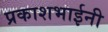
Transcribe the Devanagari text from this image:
प्रकाशभाईनी